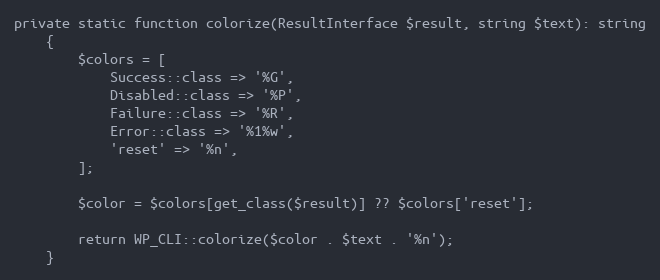
Language: PHP
private static function colorize(ResultInterface $result, string $text): string
    {
        $colors = [
            Success::class => '%G',
            Disabled::class => '%P',
            Failure::class => '%R',
            Error::class => '%1%w',
            'reset' => '%n',
        ];

        $color = $colors[get_class($result)] ?? $colors['reset'];

        return WP_CLI::colorize($color . $text . '%n');
    }